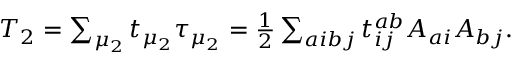
\begin{array} { r } { T _ { 2 } = \sum _ { \mu _ { 2 } } t _ { \mu _ { 2 } } \tau _ { \mu _ { 2 } } = \frac { 1 } { 2 } \sum _ { a i b j } t _ { i j } ^ { a b } A _ { a i } A _ { b j } . } \end{array}